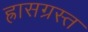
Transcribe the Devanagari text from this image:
ह्रासग्रस्त